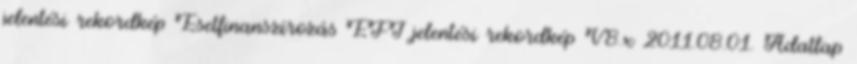
jelentési rekordkép Esetfinanszírozás EFI jelentési rekordkép V8.x 2011.08.01. Adatlap